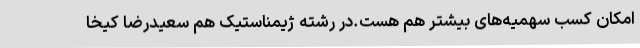
امکان کسب سهمیه‌های بیشتر هم هست.در رشته ژیمناستیک هم سعیدرضا کیخا